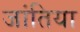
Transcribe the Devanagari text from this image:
जांतिया